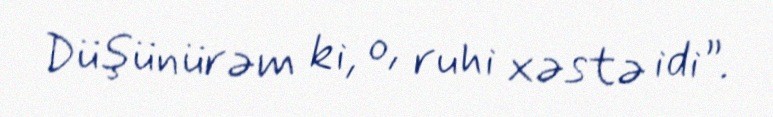
Düşünürəm ki, o, ruhi xəstə idi”.